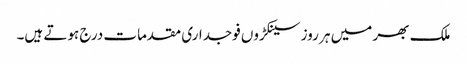
ملک بھر میں ہر روز سینکڑوں فوجداری مقدمات درج ہوتے ہیں۔